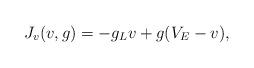
LaTeX: \begin{align*} J_v(v,g)=-g_Lv+g(V_E-v),\end{align*}